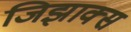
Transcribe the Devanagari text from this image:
जिझाक्स